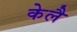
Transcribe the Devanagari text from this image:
केलै